画像に写った文字を読んでください
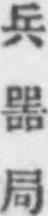
「兵噐局」と書いてあります